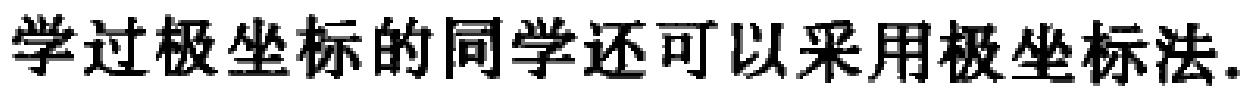
学过极坐标的同学还可以采用极坐标法.